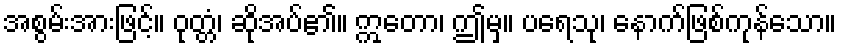
အစွမ်းအားဖြင့်။ ဝုတ္တံ၊ ဆိုအပ်၏။ ဣတော၊ ဤမှ။ ပရေသု၊ နောက်ဖြစ်ကုန်သော။